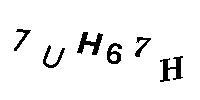
7UH67H